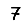
Digit: 7